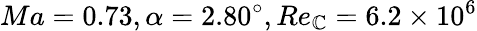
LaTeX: Ma=0.73,\alpha=2.80^{\circ},Re_{\mathbb{C}}=6.2\times10^{6}